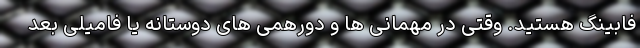
فابینگ هستید. وقتی در مهمانی ها و دورهمی های دوستانه یا فامیلی بعد